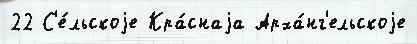
22 С'е́льскоjе Кра́снаjа Арха́нг'ельскоjе